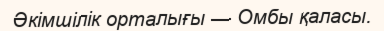
Әкімшілік орталығы — Омбы қаласы.